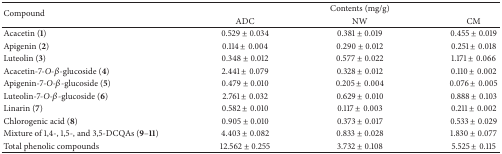
<table><thead><tr><td rowspan="2"><b>Compound</b></td><td colspan="3"><b>Contents (mg/g)</b></td></tr><tr><td><b>ADC</b></td><td><b>NW</b></td><td><b>CM</b></td></tr></thead><tbody><tr><td>Acacetin (<b>1</b>)</td><td>0.529 ± 0.034</td><td>0.381 ± 0.019</td><td>0.455 ± 0.019</td></tr><tr><td>Apigenin (<b>2</b>)</td><td>0.114 ± 0.004</td><td>0.290 ± 0.012</td><td>0.251 ± 0.018</td></tr><tr><td>Luteolin (<b>3</b>)</td><td>0.348 ± 0.012</td><td>0.577 ± 0.022</td><td>1.171 ± 0.066</td></tr><tr><td>Acacetin-7-<i>O</i>-<i>β</i>-glucoside (<b>4</b>)</td><td>2.441 ± 0.079</td><td>0.328 ± 0.012</td><td>0.110 ± 0.002</td></tr><tr><td>Apigenin-7-<i>O</i>-<i>β</i>-glucoside (<b>5</b>)</td><td>0.479 ± 0.010</td><td>0.205 ± 0.004</td><td>0.076 ± 0.005</td></tr><tr><td>Luteolin-7-<i>O</i>-<i>β</i>-glucoside (<b>6</b>)</td><td>2.761 ± 0.032</td><td>0.629 ± 0.010</td><td>0.888 ± 0.103</td></tr><tr><td>Linarin (<b>7</b>)</td><td>0.582 ± 0.010</td><td>0.117 ± 0.003</td><td>0.211 ± 0.002</td></tr><tr><td>Chlorogenic acid (<b>8</b>)</td><td>0.905 ± 0.010</td><td>0.373 ± 0.017</td><td>0.533 ± 0.029</td></tr><tr><td>Mixture of 1,4-, 1,5-, and 3,5-DCQAs (<b>9</b>–<b>11</b>)</td><td>4.403 ± 0.082</td><td>0.833 ± 0.028</td><td>1.830 ± 0.077</td></tr><tr><td>Total phenolic compounds</td><td>12.562 ± 0.255</td><td>3.732 ± 0.108</td><td>5.525 ± 0.115</td></tr></tbody></table>